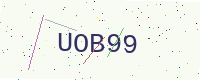
Text: UOB99